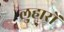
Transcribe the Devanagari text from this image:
लुहारों